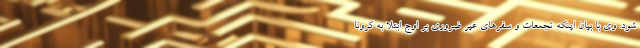
شود. وی با بیان اینکه تجمعات و سفرهای غیر ضروری بر اوج ابتلا به کرونا